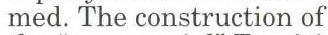
med. The construction of